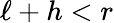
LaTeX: \ell+h<r